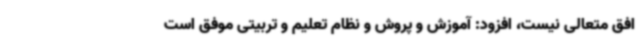
افق متعالی نیست، افزود: آموزش و پروش و نظام تعلیم و تربیتی موفق است